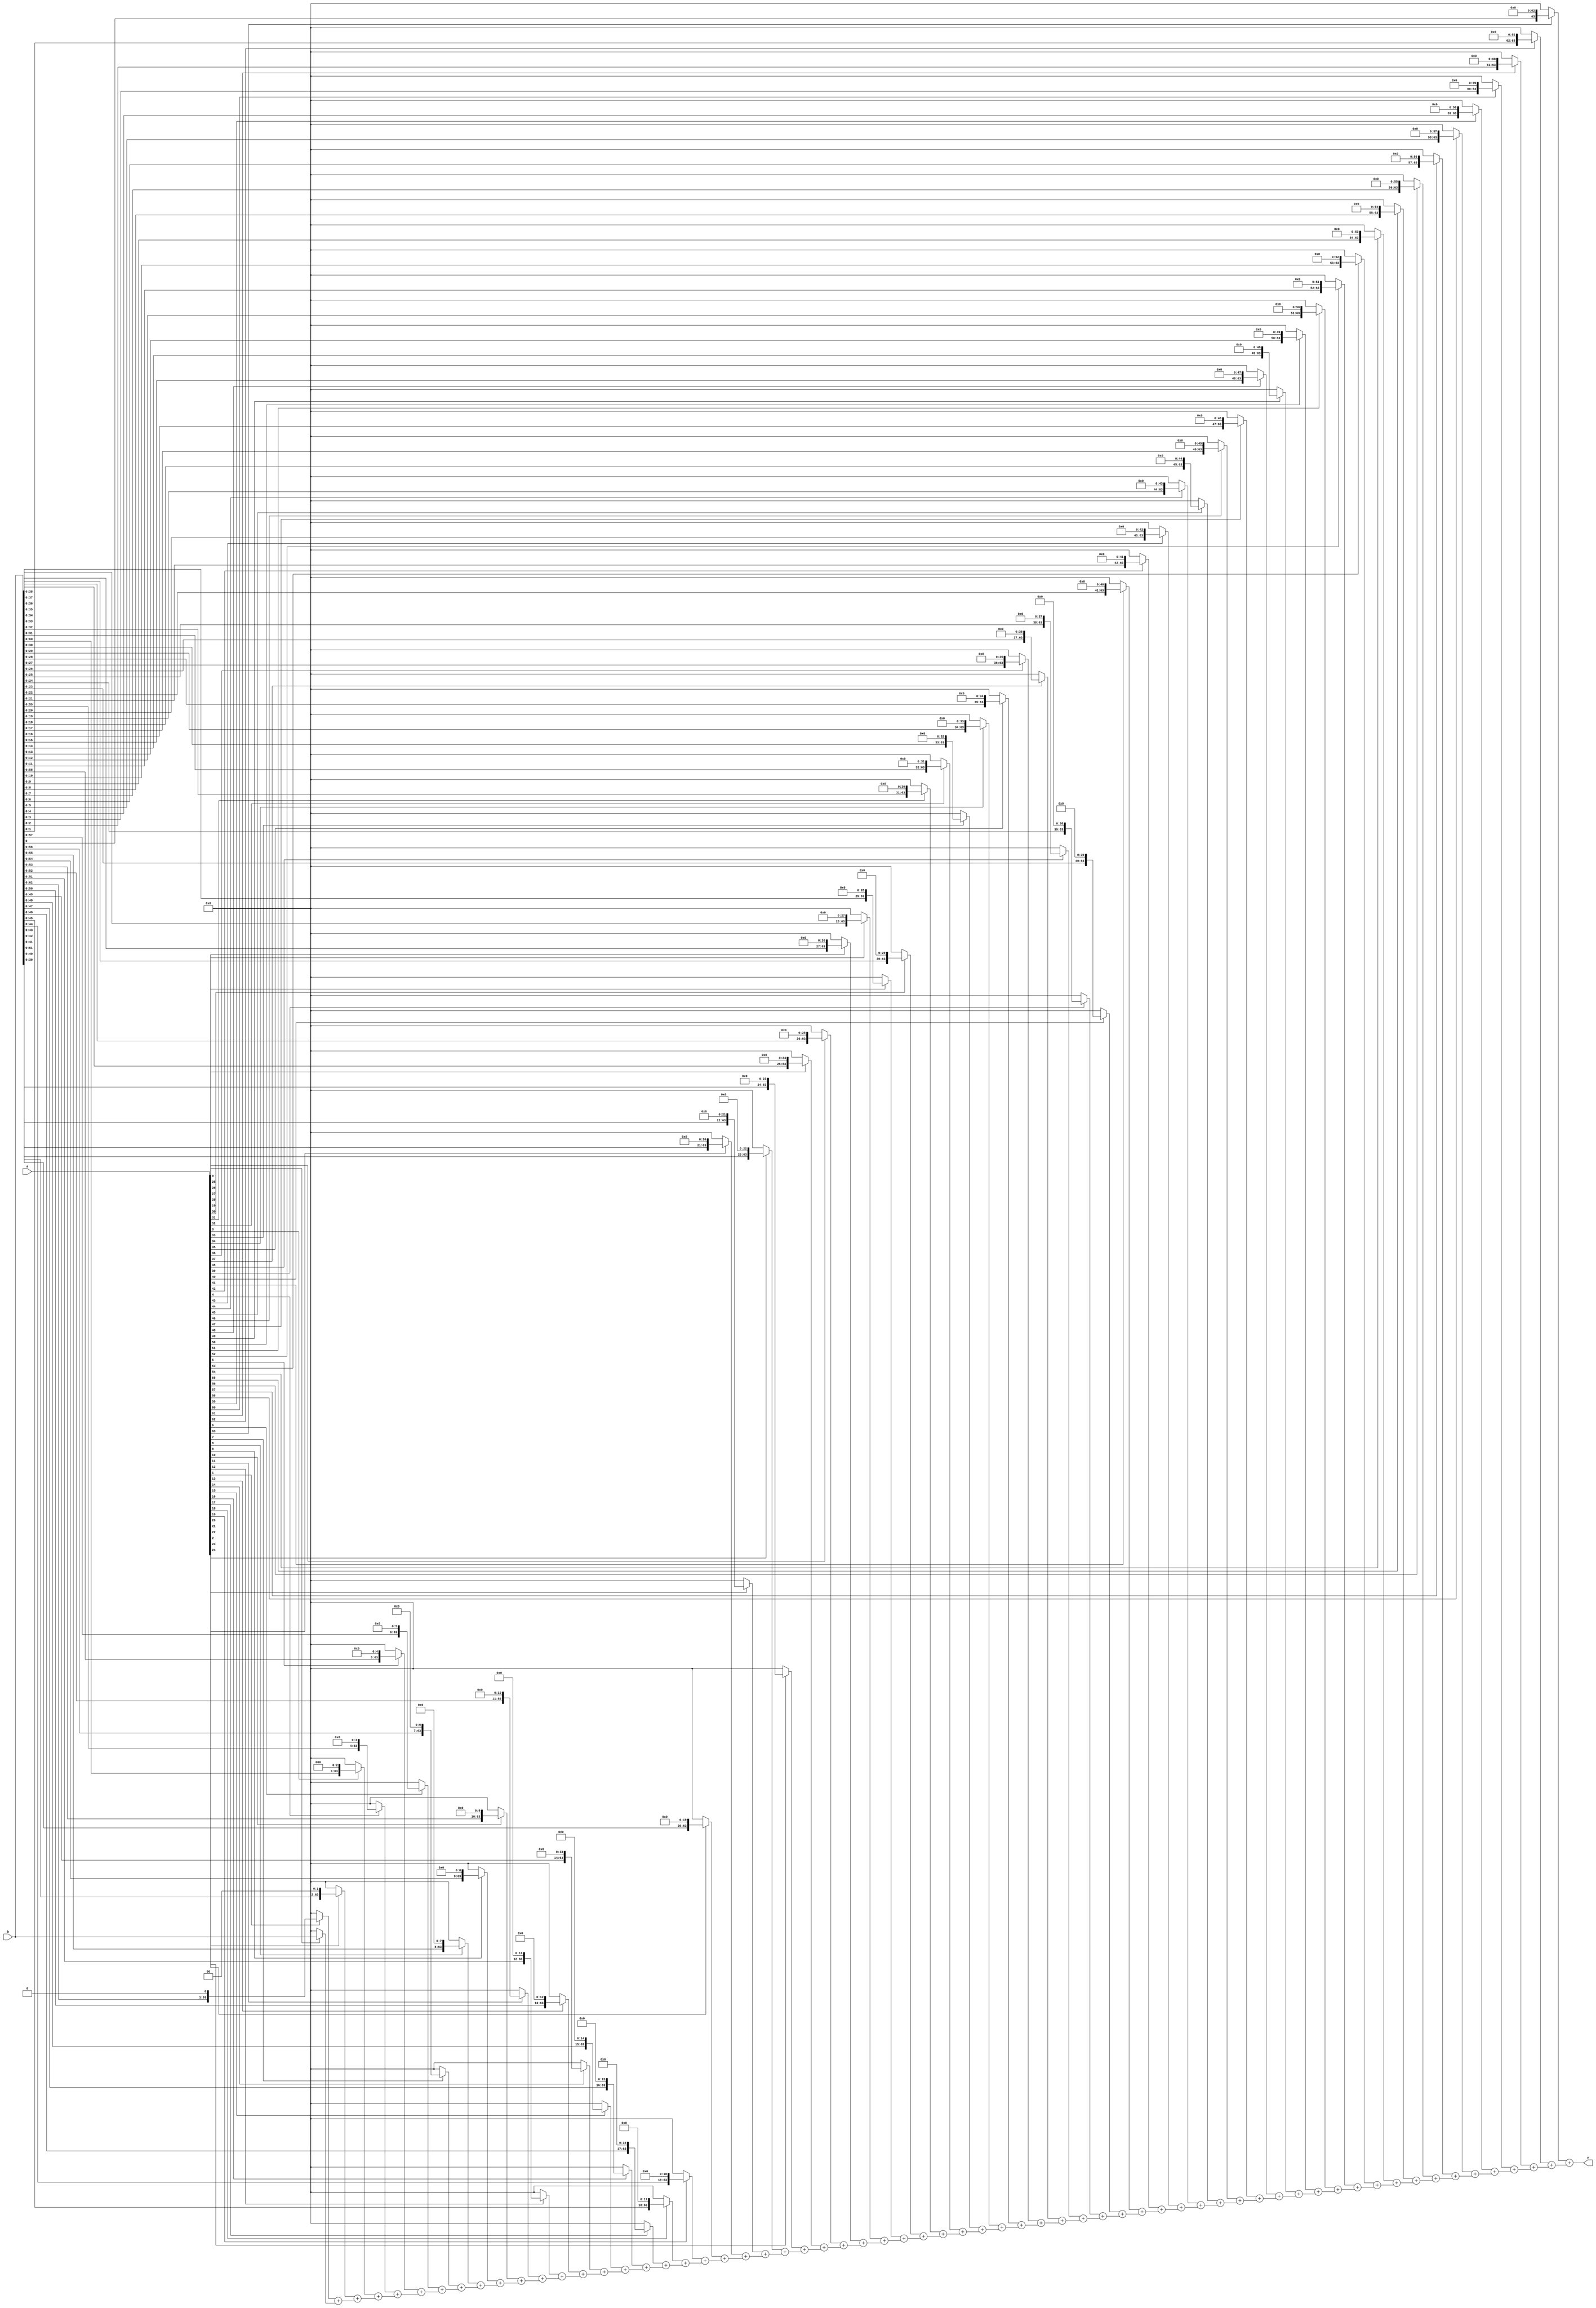
module multiplier(a, b, y);

parameter width = 64;
input [width-1:0] a, b;
output [width-1:0] y;

wire [width*width-1:0] partials;

genvar i;
assign partials[width-1 : 0] = a[0] ? b : 0;
generate for (i = 1; i < width; i = i+1) begin:gen
    assign partials[width*(i+1)-1 : width*i] = (a[i] ? b << i : 0) + partials[width*i-1 : width*(i-1)];
end endgenerate

assign y = partials[width*width-1 : width*(width-1)];

endmodule